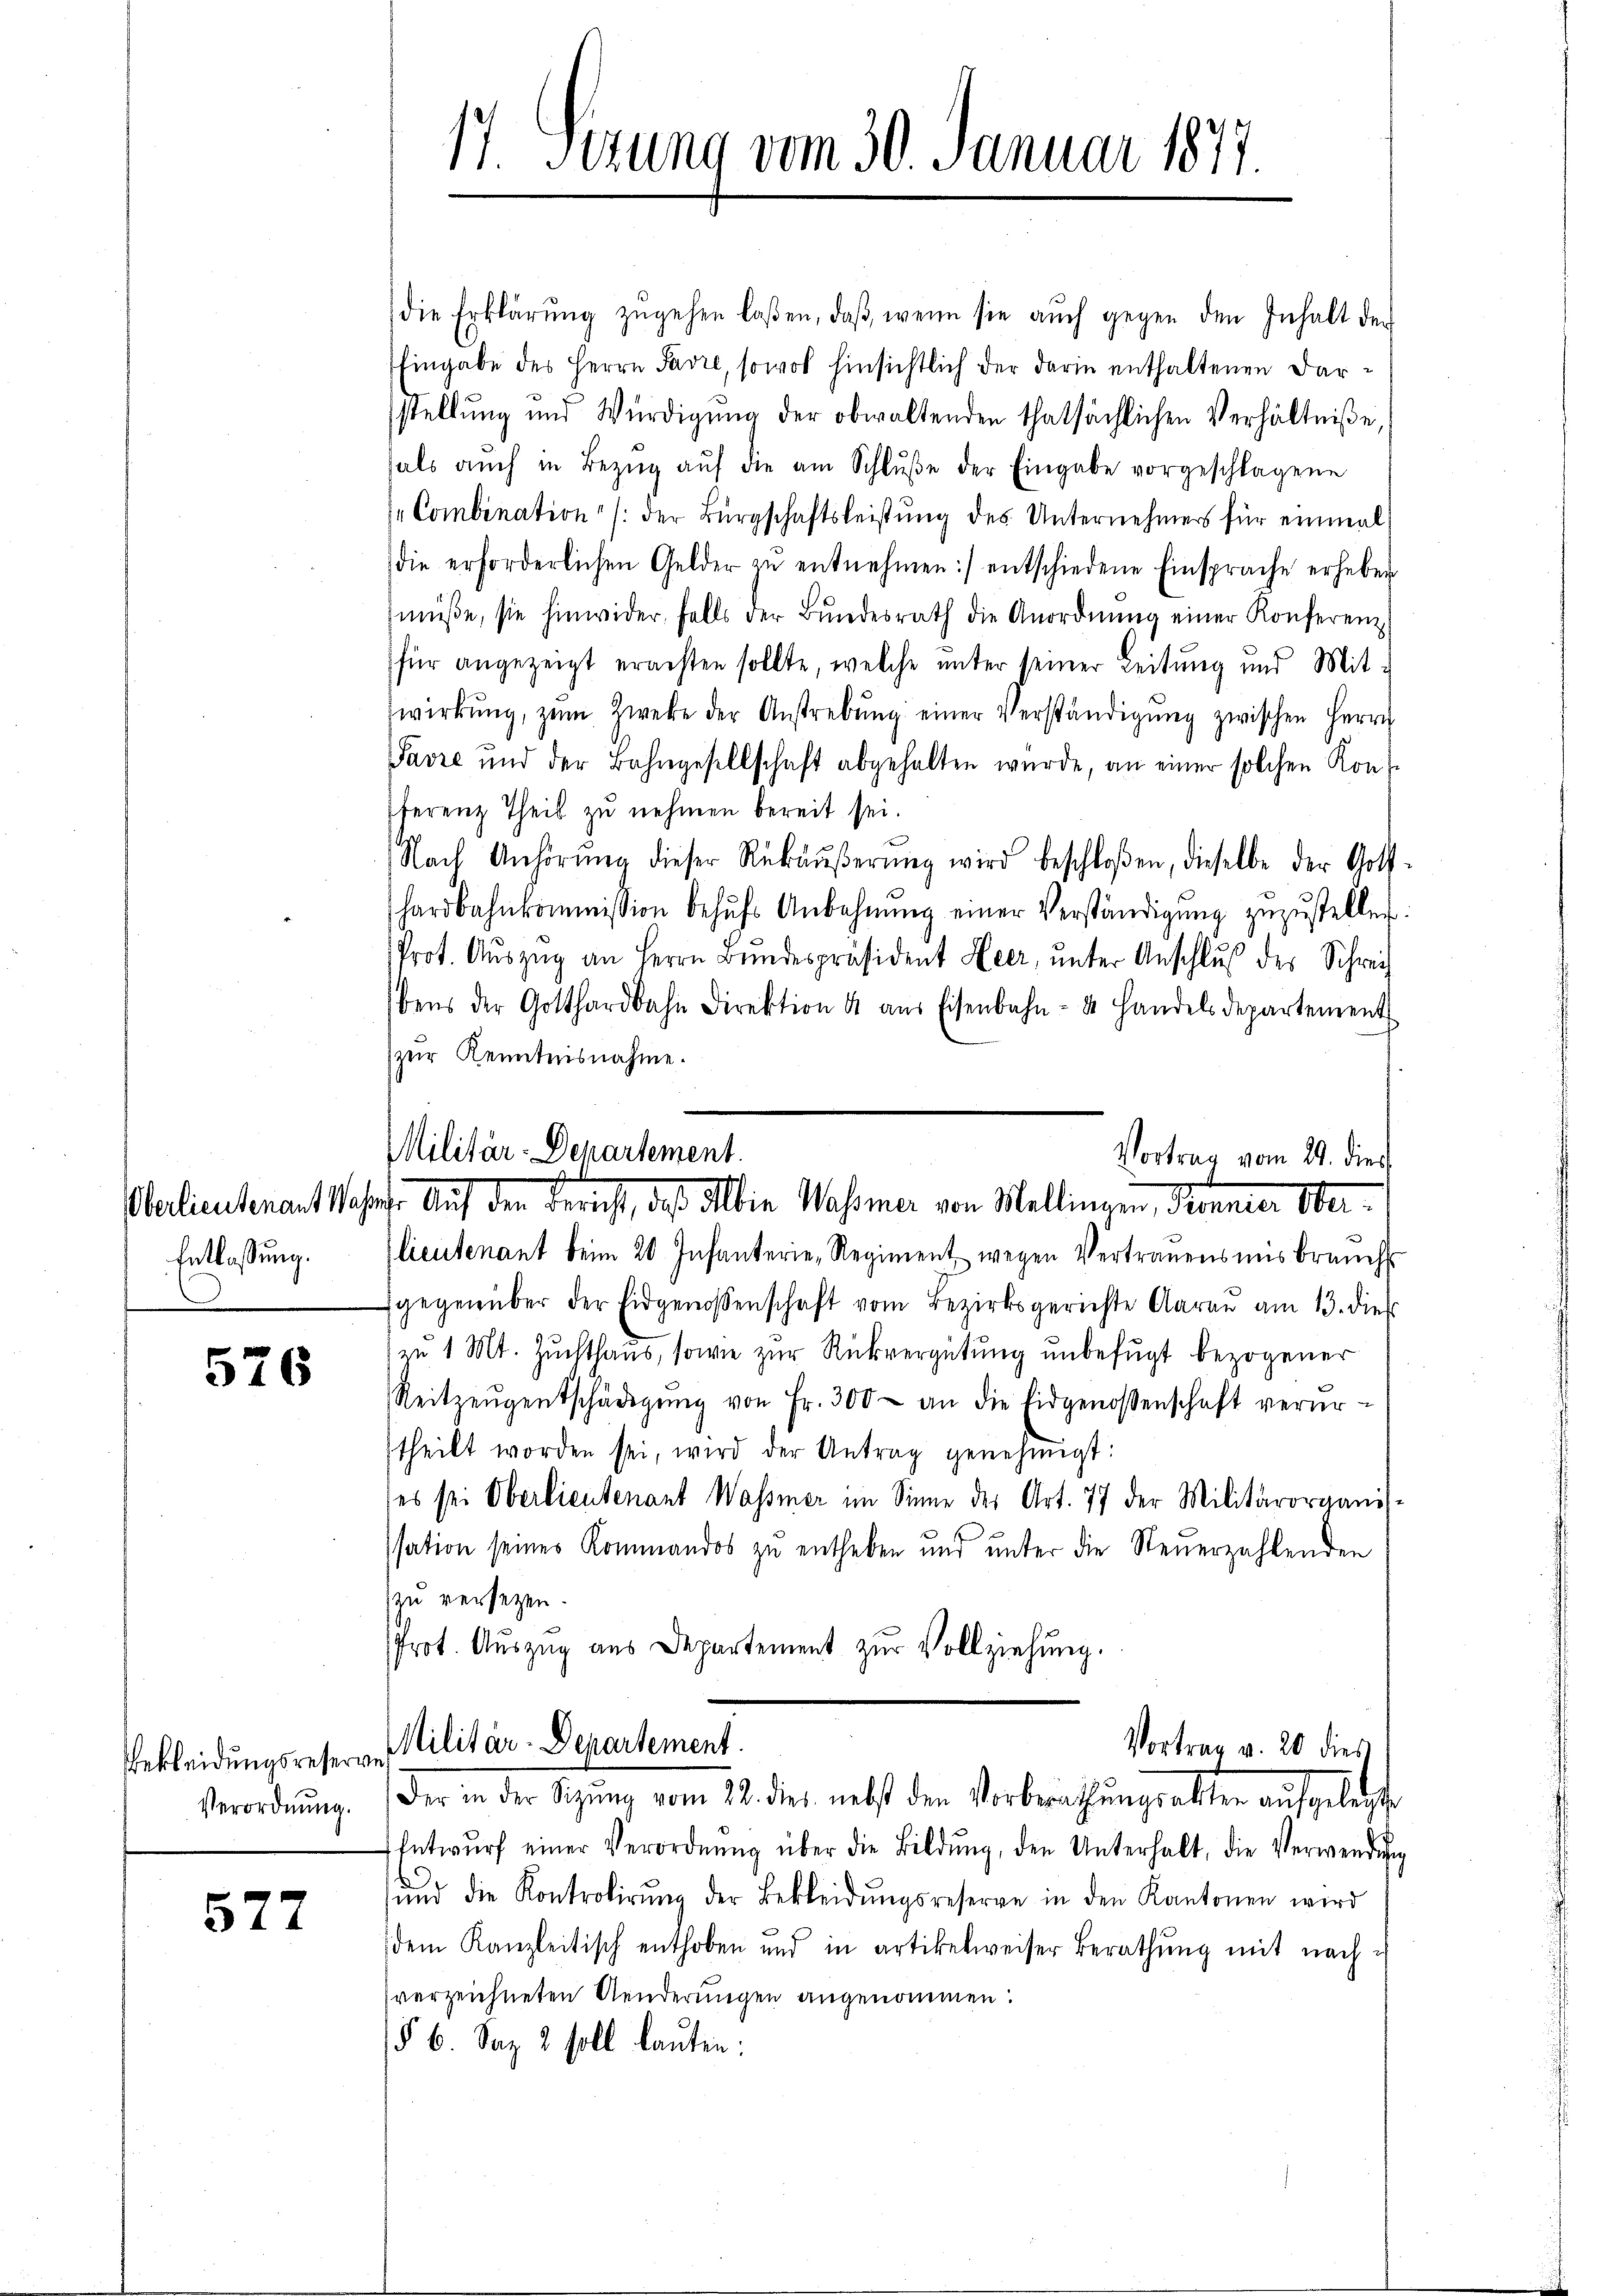
Entlassung.

526

Verordnung.

577

17. Setzung vom 30. Januar 1877.

die Erklärŭng zŭgehen laßen, daβ wenn sie aŭch gegen den Inhalt der
Eingabe des Herrn Savre, sowol hinsichtlich der darin enthaltenen Darstellung und Würdigŭng der obwaltenden thatsächlichen Verhältniße,
hals auch in Bezŭg aŭf die am Schlŭβe der Eingabe vorgeschlagene
Combination" /: der Bürgschaftsleistung des Unternehmers für einmal
die erforderlichen Gelder zŭ entnehmen :/ entschiedene Einsprache erheben
müße, sie hinwider, falls der Bŭndesrath die Anordnŭng einer Konferenz
für angezeigt erachten sollte, welche unter seiner Leitung und Mitwirkung, zŭm Zwecke der Anstrebŭng einer Verständigŭng zwischen Herrn
Favre und der Bahngesellschaft abgehalten wurde, an einer solchen Kons
ferenz Theil zu nehmen bereit sei.
Nach Anhörŭng dieser Rükäŭβerŭng wird beschloßen, dieselbe der Goth-
hardbahnkommission behŭfs Anbahnŭng einer Verständigŭng zuzustellen.
Prot. Auszug an Herrn Bundespräsident Heer, unter Anschluß der Schreibens der Gotthardbahn Direktion 4 aŭs Eisenbahn- & Handelsdepartement
zur Kenntnisnahme.
Militär-Departement.
Vortrag vom 29. die
ne
Oerlieutenant Mehrt. Auf den Bericht, daß Albin Wasser von Mellingen, Sonner Ober-
(lieutenant beim 20. Infanterie-Regiment wegen Vertrauensmisbrauch
gegenüber der Eidgenossenschaft vom Bezirksgerichte Aarau am 13. dies
(zu 1 Mt. Zuchthaus, sowie zur Rückvergütung unbefugt bezogener
Reitzeŭgentschädigŭng von Fr. 300 an die Eidgenossenschaft verur-
theilt worden sei, wird der Antrag genehmigt:
ses sei Oberlieutenant Wassmer im Sinne der Art. 77 der Militärorganisssation seines Kommandos zu entheben und unter die Steuerzahlenden
zu versetzen.
Prot. Auszug aus Departement zur Vollziehung.

Vortrag v. 20 dies
Bekleidungsreferen Militär-Departement
Der in der Sitzŭng vom 22. dies nebst den Vorberathŭngsakter aŭfgelegte

Entwŭrf einer Verordnŭng über die Bildŭng, den Unterhalt, die Verwendung
ŭnd die Kontrolirŭng der Bekleidŭngsreserve in den Kantonen wird
dem Kanzleitisch enthoben und in artikelweiser Berathŭng mit nach-
verzeichneten Aenderungen angenommen:
§ 6. Sep. 2 soll lauten: